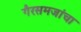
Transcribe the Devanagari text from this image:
गैरसमजांचा